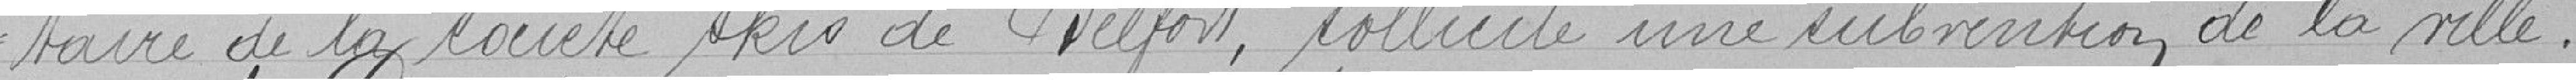
-taire de la société Skis de Belfort, sollicite une subvention de la ville.